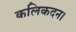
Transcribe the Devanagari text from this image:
कलिकदन।